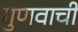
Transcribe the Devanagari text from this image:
गुणवाची